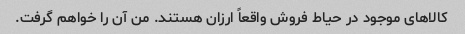
کالاهای موجود در حیاط فروش واقعاً ارزان هستند. من آن را خواهم گرفت.